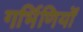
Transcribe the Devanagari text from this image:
गर्भिणियों